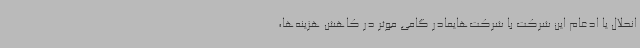
انحلال یا ادغام این شرکت با شرکت‌هایمادر گامی موثر در کاهش هزینه‌ها،